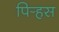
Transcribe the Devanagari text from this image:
पिर्‍हस